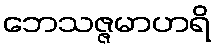
ဘေသဇ္ဇမာဟရိ